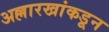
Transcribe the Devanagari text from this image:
अल्लारखांकडून